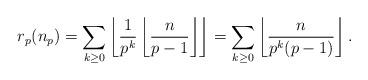
LaTeX: \begin{align*}r_{p}(n_{p})=\sum_{k\geq 0}\left\lfloor \frac{1}{p^{k}}\left\lfloor \frac{n}{p-1}\right\rfloor \right\rfloor =\sum_{k\geq 0}\left\lfloor \frac{n}{p^{k}(p-1)}\right\rfloor . \end{align*}